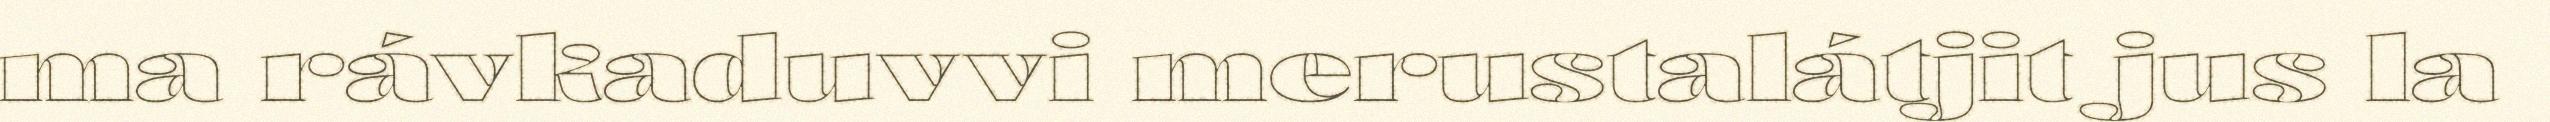
ma rávkaduvvi merustalátjit jus la